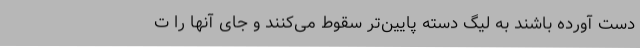
دست آورده باشند به لیگ دسته پایین‌تر سقوط می‌کنند و جای آنها را ت